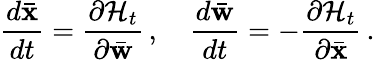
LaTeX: \frac{d\bar{\mathbf x}}{dt}=\frac{\partial{\cal H}_{t}}{\partial\bar{\mathbf w}}\, ,\quad\frac{d\bar{\mathbf w}}{dt}=-\frac{\partial{\cal H}_{t}}{\partial\bar{\mathbf x}}\, .